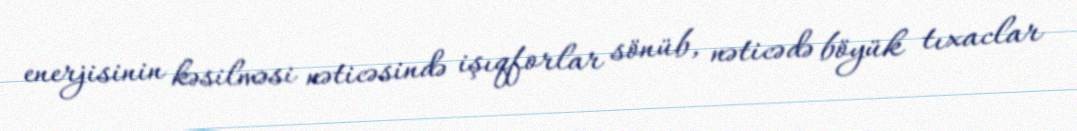
enerjisinin kəsilməsi nəticəsində işıqforlar sönüb, nəticədə böyük tıxaclar